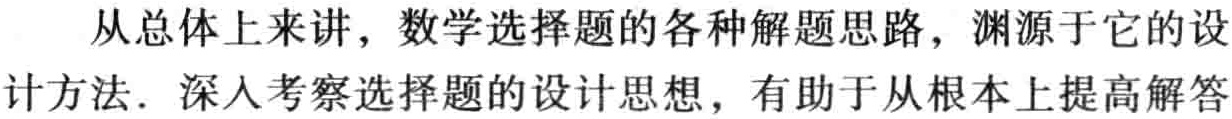
从总体上来讲，数学选择题的各种解题思路，渊源于它的设
计方法．深入考察选择题的设计思想，有助于从根本上提高解答